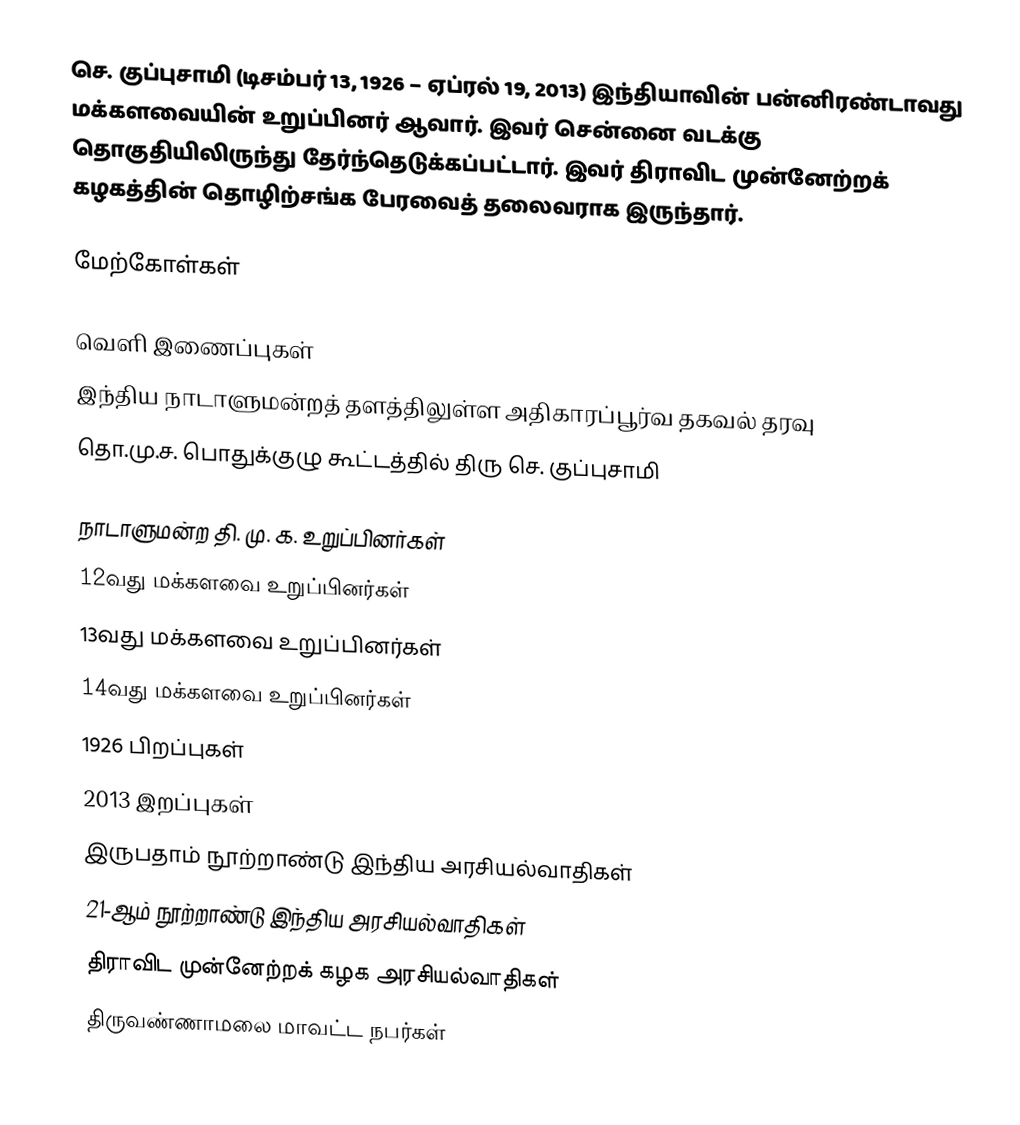
செ. குப்புசாமி (டிசம்பர் 13, 1926 – ஏப்ரல் 19, 2013) இந்தியாவின் பன்னிரண்டாவது மக்களவையின் உறுப்பினர் ஆவார். இவர் சென்னை வடக்கு தொகுதியிலிருந்து தேர்ந்தெடுக்கப்பட்டார். இவர்   திராவிட முன்னேற்றக் கழகத்தின் தொழிற்சங்க பேரவைத் தலைவராக இருந்தார்.

மேற்கோள்கள்

வெளி இணைப்புகள்
 இந்திய நாடாளுமன்றத் தளத்திலுள்ள அதிகாரப்பூர்வ தகவல் தரவு
 தொ.மு.ச. பொதுக்குழு கூட்டத்தில் திரு செ. குப்புசாமி

நாடாளுமன்ற தி. மு. க. உறுப்பினர்கள்
12வது மக்களவை உறுப்பினர்கள்
13வது மக்களவை உறுப்பினர்கள்
14வது மக்களவை உறுப்பினர்கள்
1926 பிறப்புகள்
2013 இறப்புகள்
இருபதாம் நூற்றாண்டு இந்திய அரசியல்வாதிகள்
21-ஆம் நூற்றாண்டு இந்திய அரசியல்வாதிகள்
திராவிட முன்னேற்றக் கழக அரசியல்வாதிகள்
திருவண்ணாமலை மாவட்ட நபர்கள்